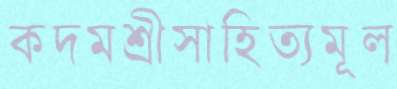
কদমশ্রীসাহিত্যমূল